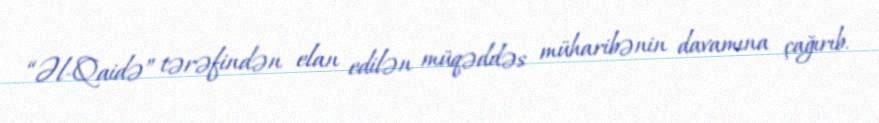
“Əl-Qaidə” tərəfindən elan edilən müqəddəs müharibənin davamına çağırıb.